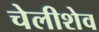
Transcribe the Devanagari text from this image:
चेलीशेव